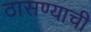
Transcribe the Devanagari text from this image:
ठासण्याची